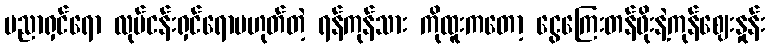
ပညာရှင်ရော လုပ်ငန်းရှင်ရောမဟုတ်တဲ့ ရန်ကုန်သား ကိုထူးကတော့ ငွေကြေးတန်ဖိုးနဲ့ကုန်ဈေးနှုန်း